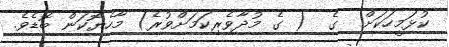
ކުޅަމީހަކަށް  ގެ  ( ގެ މުދާވެރިކަމަށްވުރެ) މާހެޔޮކަން ބޮޑެވެ.